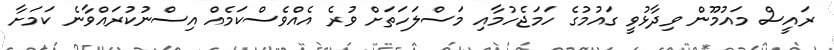
ރައީސް މައުމޫން ވިދާޅުވީ ގައުމުގެ ހަމަޖެހުމާއި މަސްލަހަތަށް ވުރެ އެއްވެސްކަމެއް އިސްނުކުރައްވާނެ ކަމަށާ